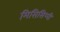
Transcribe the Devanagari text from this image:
मिसिसिप्‍पी